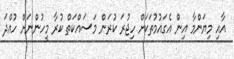
އާއި މިޔަންމާ އިން އެގައުމުތަކަށް ހިޖުރަ ކުރަން މަސައްކަތް ކުރާ މީހުންނަށް ހުއްދަ